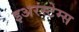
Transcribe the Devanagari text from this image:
इअरस्टेम्स